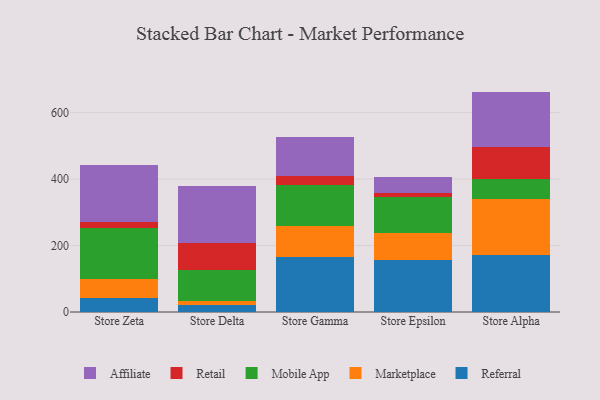
{"axis": {"x": "Store", "y": "Waste Production (Tons)"}, "legend": ["Affiliate", "Marketplace", "Mobile App", "Referral", "Retail"], "data": [{"x": "Store Zeta", "y": 43.2, "type": "Referral"}, {"x": "Store Zeta", "y": 55.7, "type": "Marketplace"}, {"x": "Store Zeta", "y": 155.3, "type": "Mobile App"}, {"x": "Store Zeta", "y": 17.9, "type": "Retail"}, {"x": "Store Zeta", "y": 170.9, "type": "Affiliate"}, {"x": "Store Delta", "y": 21.0, "type": "Referral"}, {"x": "Store Delta", "y": 11.9, "type": "Marketplace"}, {"x": "Store Delta", "y": 94.3, "type": "Mobile App"}, {"x": "Store Delta", "y": 79.4, "type": "Retail"}, {"x": "Store Delta", "y": 171.7, "type": "Affiliate"}, {"x": "Store Gamma", "y": 166.0, "type": "Referral"}, {"x": "Store Gamma", "y": 92.2, "type": "Marketplace"}, {"x": "Store Gamma", "y": 125.4, "type": "Mobile App"}, {"x": "Store Gamma", "y": 24.9, "type": "Retail"}, {"x": "Store Gamma", "y": 117.0, "type": "Affiliate"}, {"x": "Store Epsilon", "y": 156.2, "type": "Referral"}, {"x": "Store Epsilon", "y": 81.8, "type": "Marketplace"}, {"x": "Store Epsilon", "y": 107.7, "type": "Mobile App"}, {"x": "Store Epsilon", "y": 11.5, "type": "Retail"}, {"x": "Store Epsilon", "y": 49.5, "type": "Affiliate"}, {"x": "Store Alpha", "y": 171.9, "type": "Referral"}, {"x": "Store Alpha", "y": 168.1, "type": "Marketplace"}, {"x": "Store Alpha", "y": 59.4, "type": "Mobile App"}, {"x": "Store Alpha", "y": 96.0, "type": "Retail"}, {"x": "Store Alpha", "y": 167.9, "type": "Affiliate"}]}